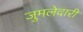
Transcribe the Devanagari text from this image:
जुमलेदारी